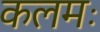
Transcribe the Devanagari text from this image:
कलमः